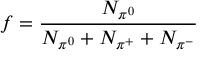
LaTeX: f = \frac { N _ { \pi ^ { 0 } } } { N _ { \pi ^ { 0 } } + N _ { \pi ^ { + } } + N _ { \pi ^ { - } } }